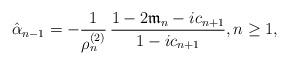
LaTeX: \begin{align*} \hat{\alpha}_{n-1} = - \frac{1}{\rho_{n}^{(2)}}\,\frac{1-2\mathfrak{m}_n - ic_{n+1}}{1-ic_{n+1}}, n \geq 1,\end{align*}